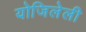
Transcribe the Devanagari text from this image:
योजिलेली